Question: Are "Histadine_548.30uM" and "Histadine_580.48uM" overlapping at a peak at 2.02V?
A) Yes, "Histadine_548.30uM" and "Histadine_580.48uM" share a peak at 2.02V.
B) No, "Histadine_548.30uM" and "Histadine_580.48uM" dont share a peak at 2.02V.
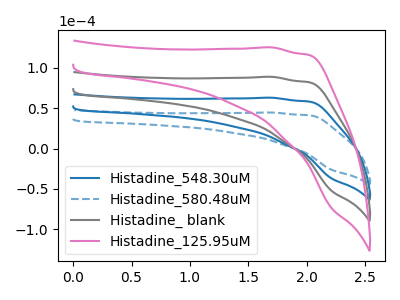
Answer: <think>The blue curve "Histadine_548.30uM" has no peaks. The blue dashed curve "Histadine_580.48uM" has no peaks. The gray curve "Histadine_ blank" has no peaks. The pink curve "Histadine_125.95uM" has no peaks.</think>
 <answer>B) No, "Histadine_548.30uM" and "Histadine_580.48uM" dont share a peak at 2.02V.</answer>
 <eval>B</eval>